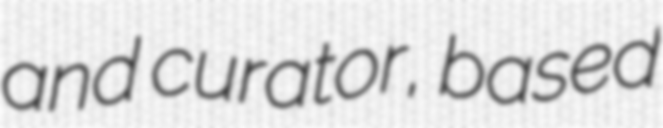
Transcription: and curator, based